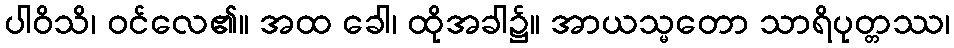
ပါဝိသိ၊ ဝင်လေ၏။ အထ ခေါ၊ ထိုအခါ၌။ အာယသ္မတော သာရိပုတ္တဿ၊